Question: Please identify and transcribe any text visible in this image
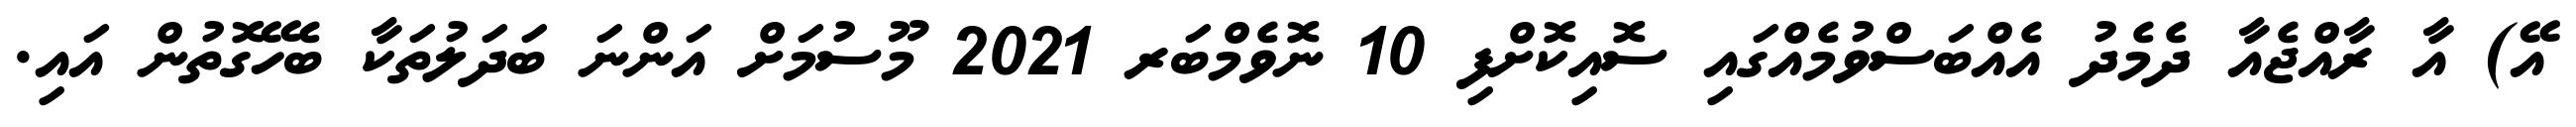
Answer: އޭ) އާ ރާއްޖެއާ ދެމެދު އެއްބަސްވުމެއްގައި ސޮއިކޮށްފި 10 ނޮވެމްބަރ 2021 މޫސުމަށް އަންނަ ބަދަލުތަކާ ބެހޭގޮތުން އައި.